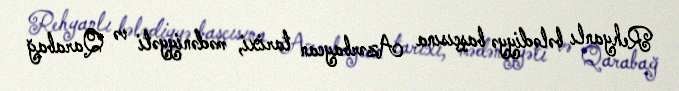
Rehyanlı bələdiyyə başçısına Azərbaycan tarixi, mədəniyyəti və Qarabağ